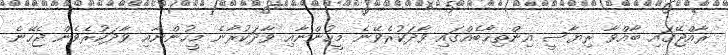
ރާއްޖޭގައި ބާއްވާ ރިޔާސީ އިންތިޚާބެއްގައި ވާދަކުރެވޭނެ މީހުންނާއި ވާދަކުރާނެ މީހުންނާއި ވާދަކުރެވެން ޖެހޭނެ